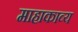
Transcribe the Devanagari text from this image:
माहाकाव्य